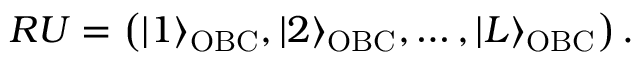
\begin{array} { r } { R U = \left( | 1 \rangle _ { \mathrm { O B C } } , | 2 \rangle _ { \mathrm { O B C } } , \dots , | L \rangle _ { \mathrm { O B C } } \right) . } \end{array}